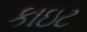
કાઇટ